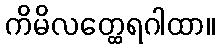
ကိမိလတ္ထေရဂါထာ။